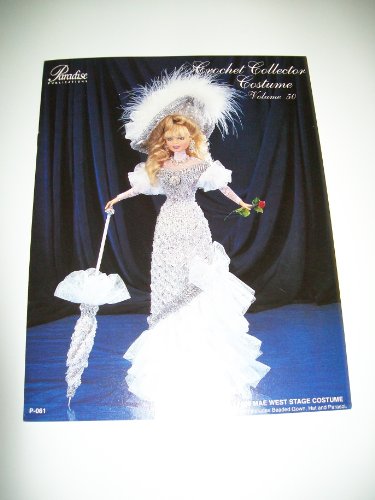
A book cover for CROCHET COLLECTOR COSTUME VOLUME 50 (1899 MAE WEST STAGE COSTUME) PATTERN BOOKLET PAMPHLET (CROCHET COLLECTOR COSTUME); PARADISE PUBLICATIONS; Crafts, Hobbies & Home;